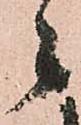
々